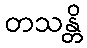
တသန္တိ